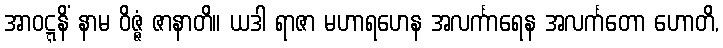
အာဝဋ္ဋနိံ နာမ ဝိဇ္ဇံ ဇာနာတိ။ ယဒါ ရာဇာ မဟာရဟေန အလင်္ကာရေန အလင်္ကတော ဟောတိ,